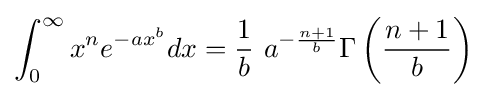
\int _{0}^{\infty }x^{n}e^{-ax^{b}}dx={\frac {1}{b}}\ a^{-{\frac {n+1}{b}}}\Gamma \left({\frac {n+1}{b}}\right)